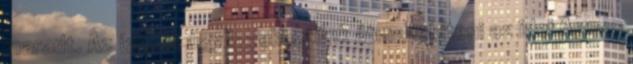
maradt. Az ízekét úgy igyekeztünk átmenekíteni az idei Ágnes